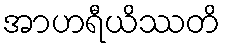
အာဟရီယိဿတိ